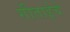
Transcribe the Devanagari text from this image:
गीताईचे